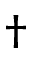
\dagger